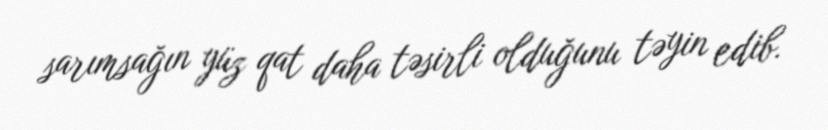
sarımsağın yüz qat daha təsirli olduğunu təyin edib.